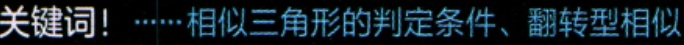
关键词！······相似三角形的判定条件、翻转型相似